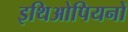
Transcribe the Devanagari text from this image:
इथिओपियनों